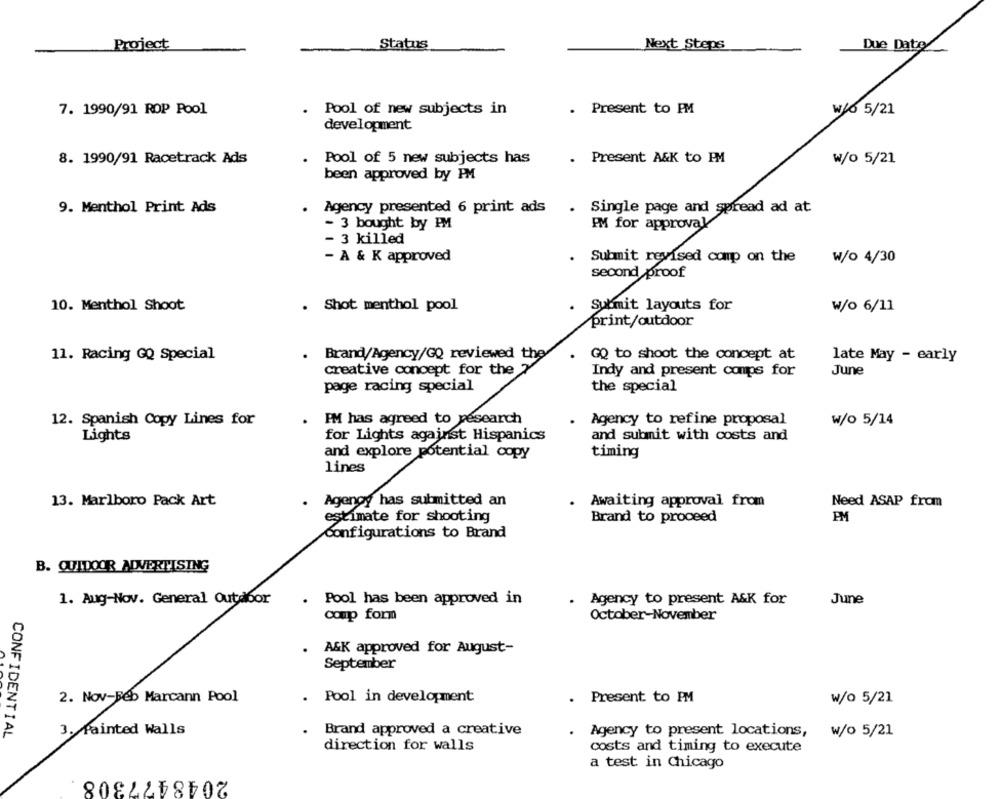
Project
Status
Next Steps
Due Date
7. 1990/91 ROP Pool
. Pool of new subjects in
. Present to PM
₩/6 5/21
development
8. 1990/91 Racetrack Ads
. Pool of 5 new subjects has
. Present A&K to PM
w/o 5/21
been approved by PM
9. Menthol Print Ads
. Agency presented 6 print ads
. Single page and spread ad at
PM for approval
- 3 bought by PM
- 3 killed
- A & K approved
Submit revised comp on the
W/o 4/30
second proof
10. Menthol Shoot
. Shot menthol pool
Submit layouts for
W/o 6/11
print/outdoor
11. Racing GQ Special
. Brand/Agency/GQ reviewed the
GQ to shoot the concept at
late May - early
creative concept for the 2
Indy and present comps for
June
page racing special
the special
12. Spanish Copy Lines for
FM has agreed to research
Agency to refine proposal
w/o 5/14
Lights
for Lights against Hispanics
and submit with costs and
and explore potential copy
timing
lines
13. Marlboro Pack Art
Agency has submitted an
Awaiting approval from
Need ASAP from
estimate for shooting
Brand to proceed
PM
Configurations to Brand
B. QUIDOOR ADVERTISING
1. Aug-Nov. General Outdoor
.
Pool has been approved in
Agency to present A&K for
June
coup form
October-November
A&K approved for August-
September
2. Nov-Feb Marcann Pool
. Pool in development
.
Present to PM
w/o 5/21
3. Painted Walls
Brand approved a creative
Agency to present locations,
w/o 5/21
CONFIDENTIAL
direction for walls
costs and timing to execute
a test in Chicago
2048477308